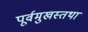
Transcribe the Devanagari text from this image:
पूर्वमुखस्तथा